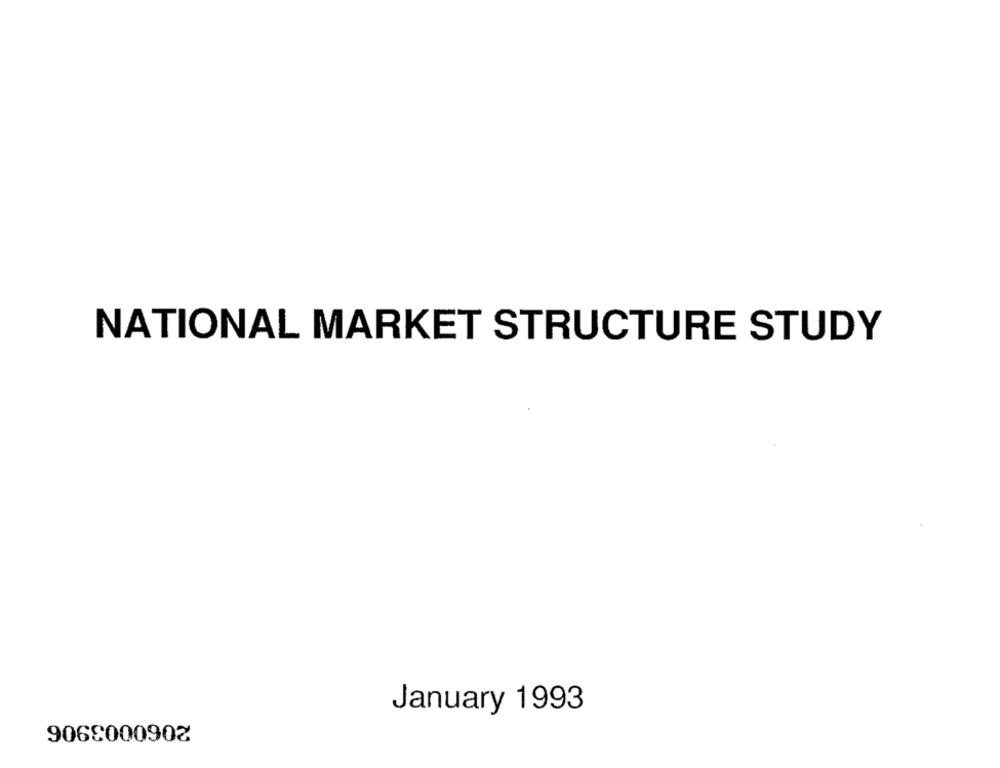
NATIONAL MARKET STRUCTURE STUDY
January 1993
2060003906